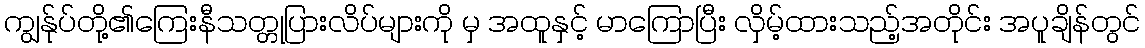
ကျွန်ုပ်တို့၏ကြေးနီသတ္တုပြားလိပ်များကို မှ အထူနှင့် မာကြောပြီး လှိမ့်ထားသည့်အတိုင်း အပူချိန်တွင်